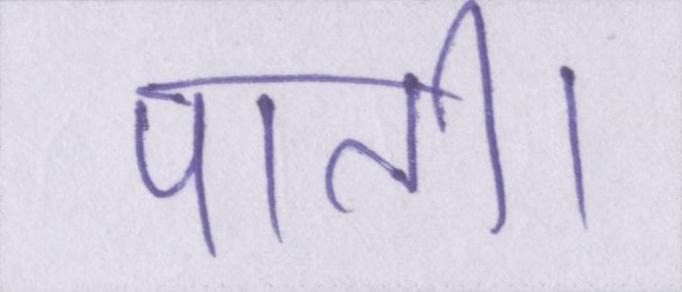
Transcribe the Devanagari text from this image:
पाती।